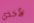
لأخذي